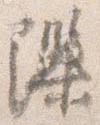
隙